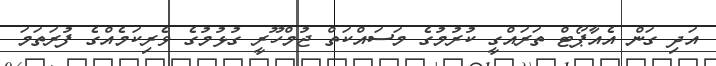
އަދި ގަން އެއާޕޯޓް ތަރައްގީ ކުރުމުގެ މަސައްކަތް ޖުމްހޫރީ ގުޅުމުގެ ވެރިކަމެއްގެ ފުރަތަމަ